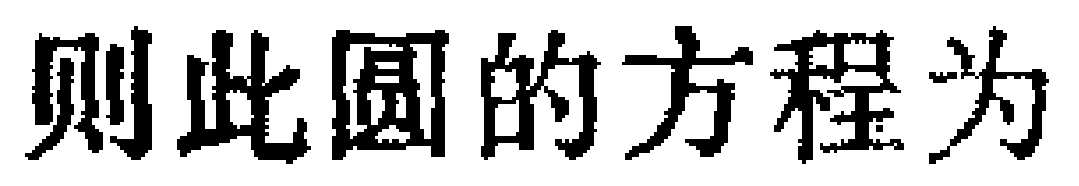
则此圆的方程为